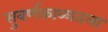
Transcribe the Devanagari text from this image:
सुवर्णकाळातला